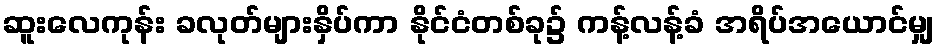
ဆူးလေကုန်း ခလုတ်များနှိပ်ကာ နိုင်ငံတစ်ခု၌ ကန့်လန့်ခံ အရိပ်အယောင်မျှ